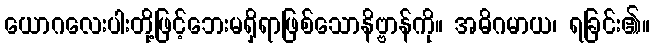
ယောဂလေးပါးတို့ဖြင့်ဘေးမရှိရာဖြစ်သောနိဗ္ဗာန်ကို။ အဓိဂမာယ၊ ရခြင်း၏။